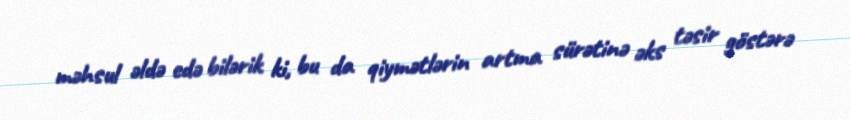
məhsul əldə edə bilərik ki, bu da qiymətlərin artma sürətinə əks təsir göstərə